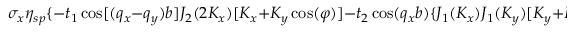
\sigma _ { x } \eta _ { s p } \{ - t _ { 1 } \cos [ ( q _ { x } - q _ { y } ) b ] J _ { 2 } ( 2 K _ { x } ) [ K _ { x } + K _ { y } \cos ( \varphi ) ] - t _ { 2 } \cos ( q _ { x } b ) \{ J _ { 1 } ( K _ { x } ) J _ { 1 } ( K _ { y } ) [ K _ { y } + K _ { x } \cos ( \varphi ) ] +